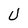
Character: U